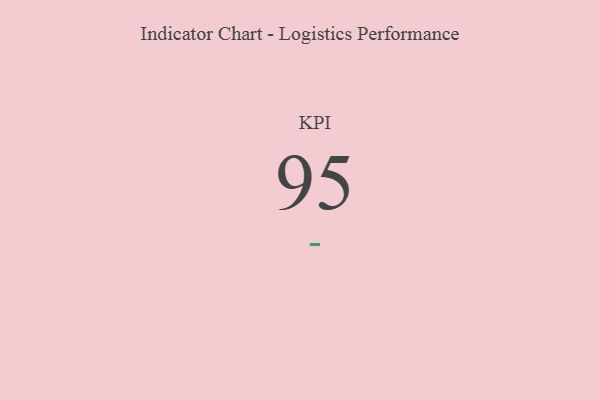
{"axis": {"x": "KPI", "y": "Value"}, "legend": [""], "data": [{"x": "KPI", "y": 95, "type": ""}]}